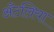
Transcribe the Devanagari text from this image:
अँटलिया